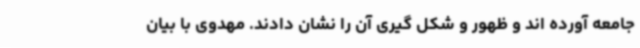
جامعه آورده اند و ظهور و شکل گیری آن را نشان دادند. مهدوی با بیان